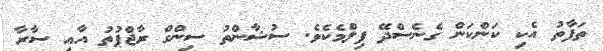
ތަފާތު އެކި ކަންކަން ގެނެސްދޭ ފިލްމެކެވެ. ސުޝާންތު ސިންގް ރާޖްޕުތު އާއި ސާރާ